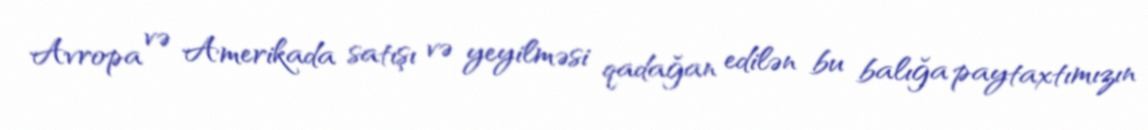
Avropa və Amerikada satışı və yeyilməsi qadağan edilən bu balığa paytaxtımızın